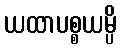
ယထာပစ္စယမ္ပိ